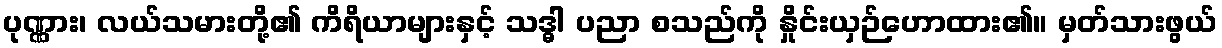
ပုဏ္ဏား၊ လယ်သမားတို့၏ ကိရိယာများနှင့် သဒ္ဓါ ပညာ စသည်ကို နှိုင်းယှဉ်ဟောထား၏။ မှတ်သားဖွယ်